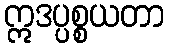
ဣဒပ္ပစ္စယတာ